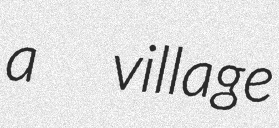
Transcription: a  village